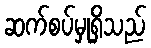
ဆက်စပ်မှုရှိသည်